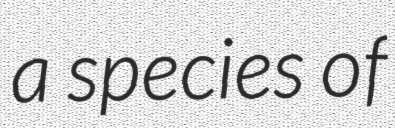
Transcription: a species of